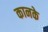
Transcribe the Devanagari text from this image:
कानके